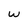
Character: w